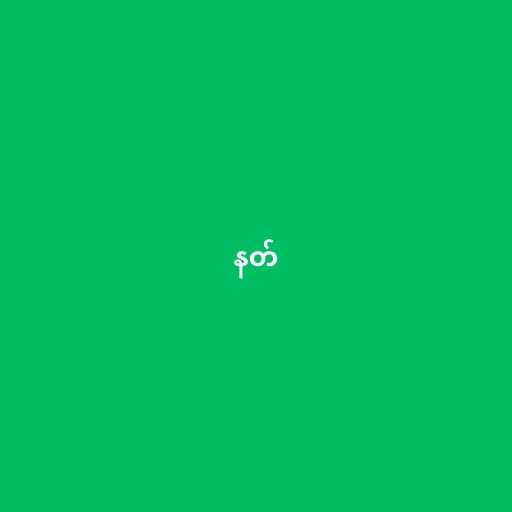
နတ်